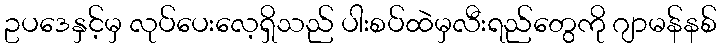
ဥပဒေနှင့်မှ လုပ်ပေးလေ့ရှိသည် ပါးစပ်ထဲမှလီးရည်တွေကို ဂျာမန်နစ်